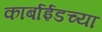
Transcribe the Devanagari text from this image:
कार्बाईडच्या